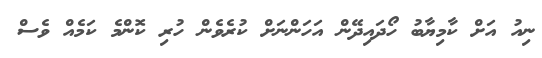
ނިއު އަށް ކާމިޔާބު ހޯދައިދޭން އަހަންނަށް ކުރެވެން ހުރި ކޮންމެ ކަމެއް ވެސް